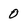
Character: 0